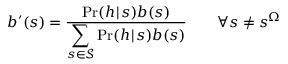
b ^ { \prime } ( s ) = \frac { \operatorname* { P r } ( h \! \mid \! s ) b ( s ) } { \displaystyle \sum _ { s \in \mathcal { S } } \operatorname* { P r } ( h \! \mid \! s ) b ( s ) } \qquad \forall s \neq s ^ { \Omega }